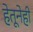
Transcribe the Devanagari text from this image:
हेतूनेही